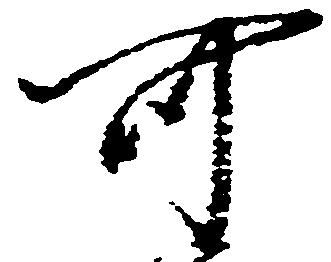
可